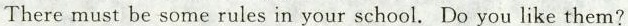
Theremust be some rules in your school. Do you like them?